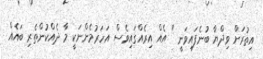
އިތުރަށް ވިދްޔާ ބުނެފައިވަނީ " އެއް އިރެއްގައިވެސް އަހަރުމެންނަކީ މާ ދެއްކުންތެރި ބައެއް